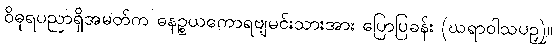
ဝိဓုရပညာရှိအမတ်က ဓနဉ္စယကောရဗျမင်းသားအား ပြောပြခန်း (ဃရာဝါသပဉှ)။